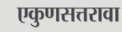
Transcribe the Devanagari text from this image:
एकुणसत्तरावा